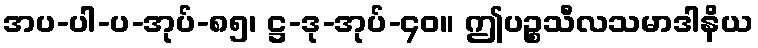
အပ-ပါ-ပ-အုပ်-၈၅၊ ဋ္ဌ-ဒု-အုပ်-၄၀။ ဤပဉ္စသီလသမာဒါနိယ